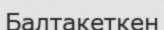
Балтакеткен